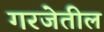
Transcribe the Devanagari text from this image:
गरजेतील